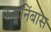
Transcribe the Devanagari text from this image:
कडूनिंबास